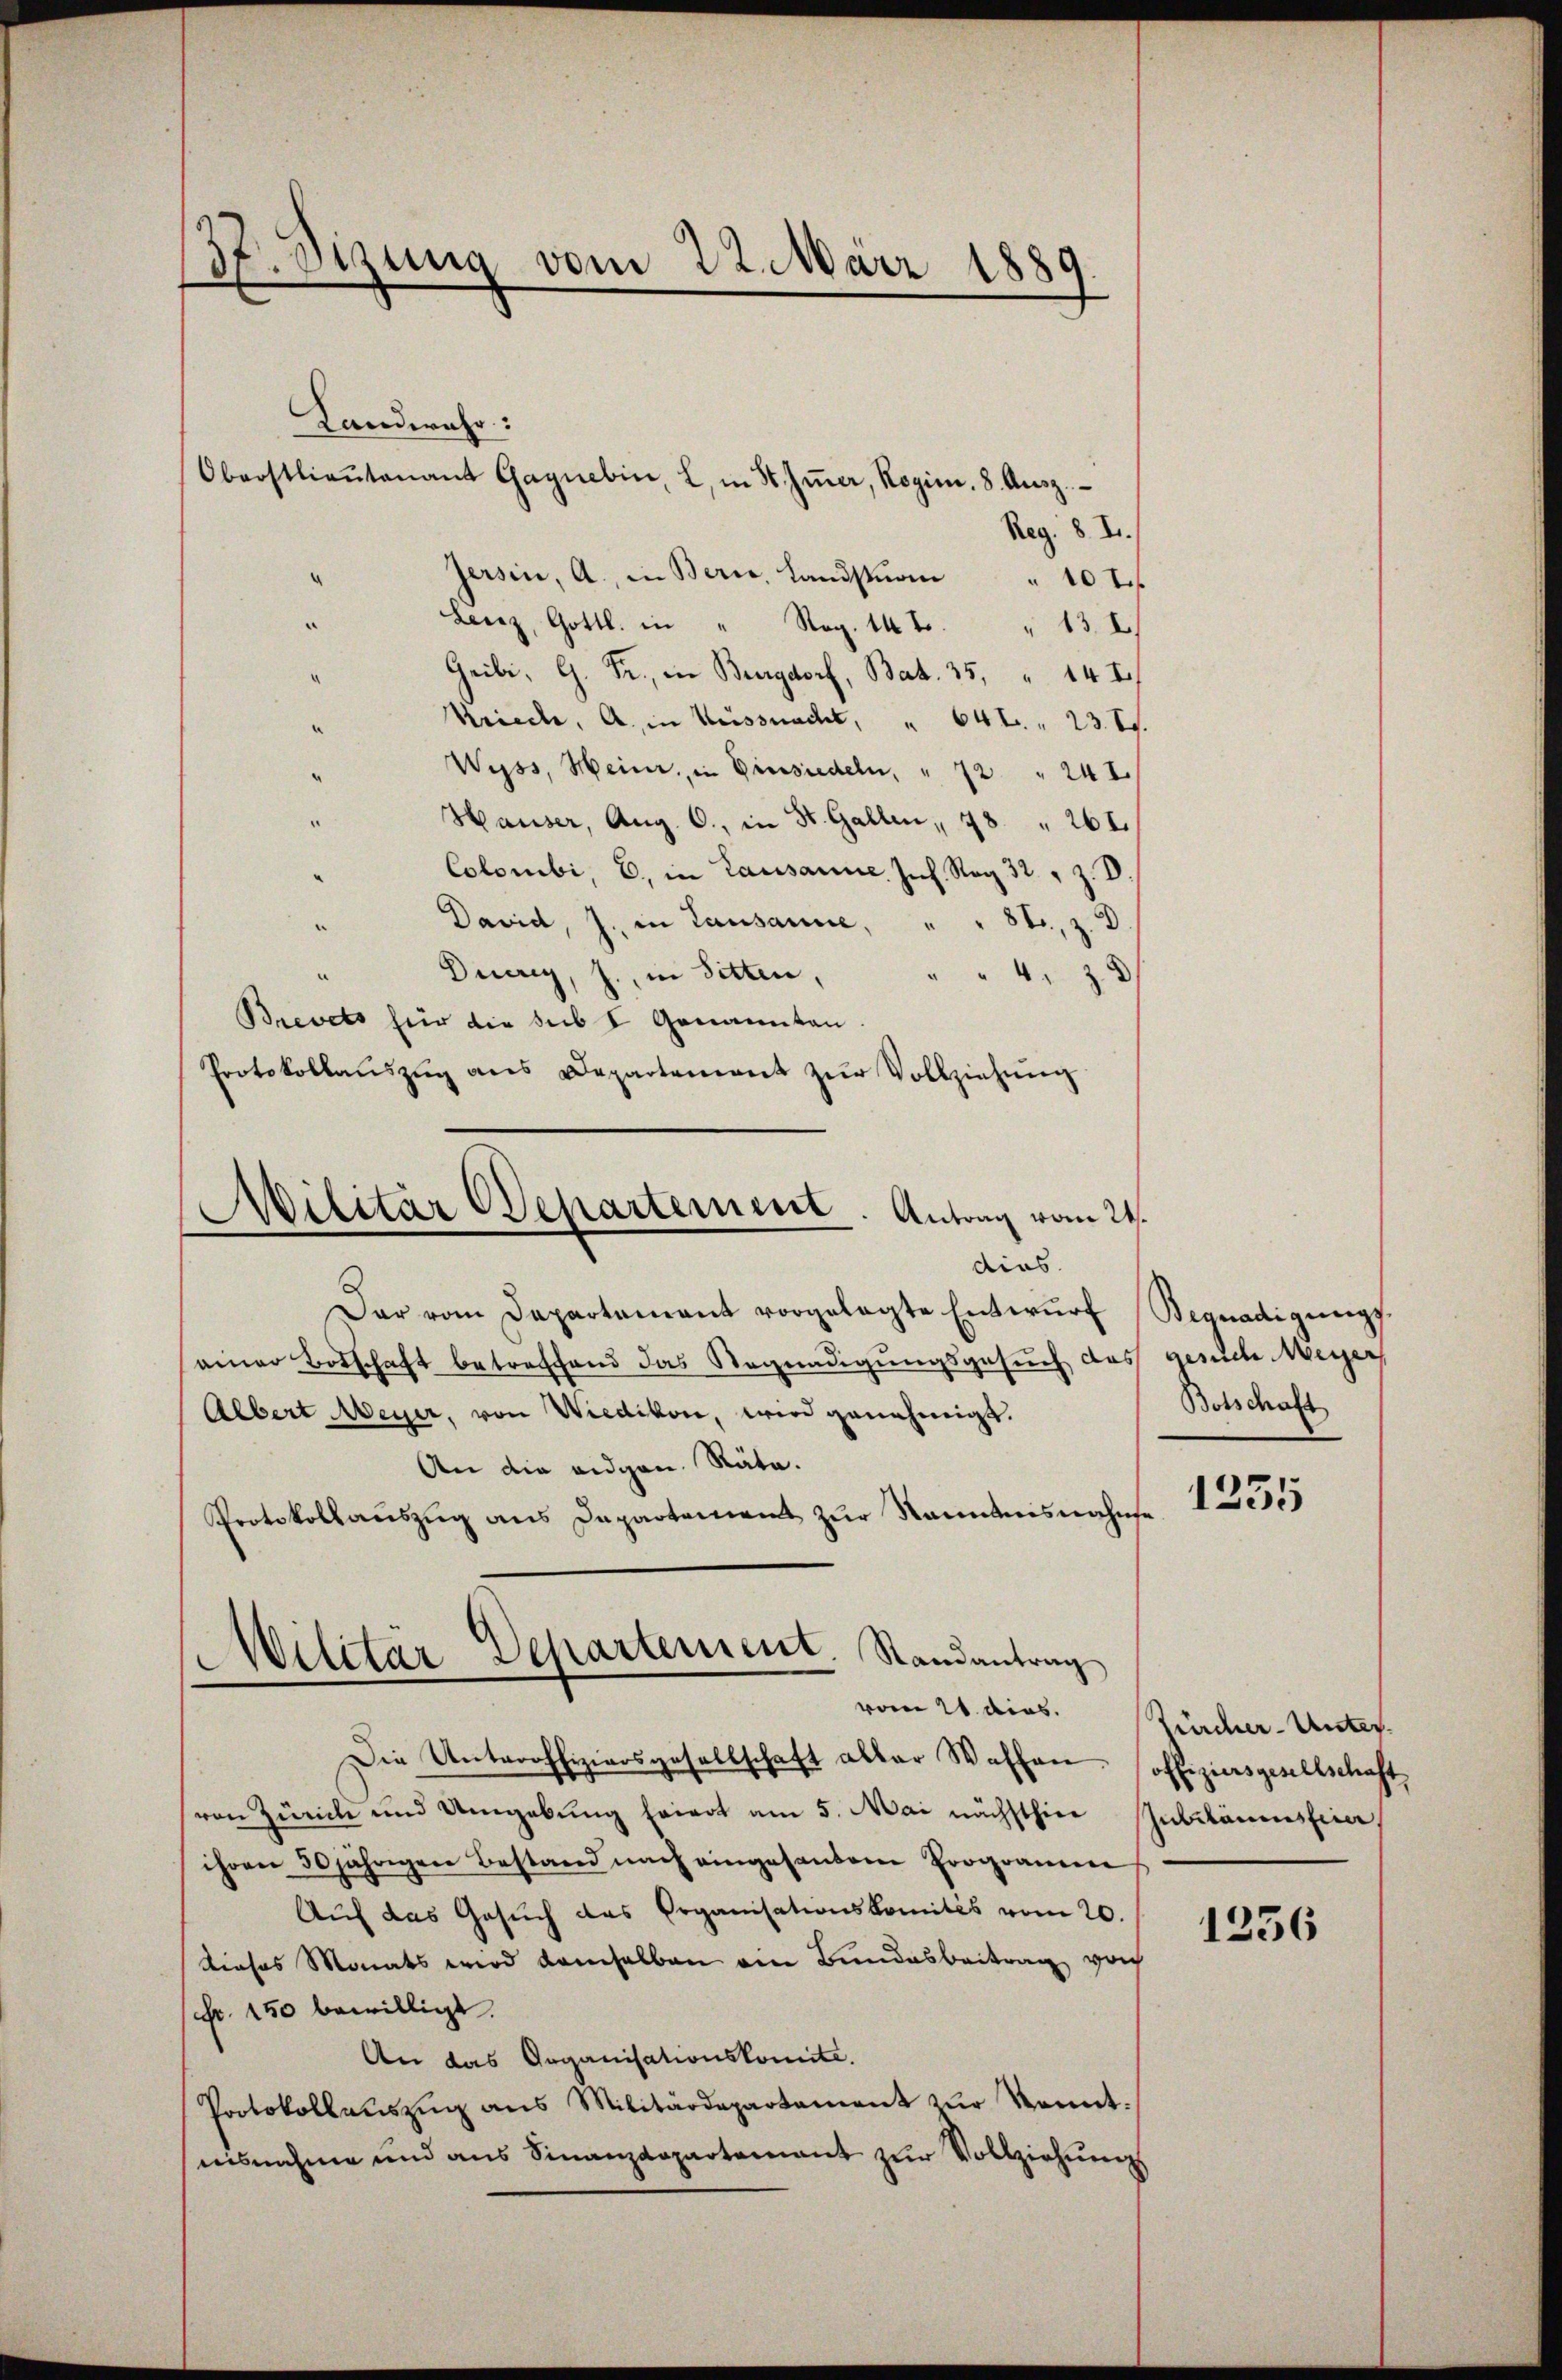
37. Sizung vom 22. März 1889.

Landwahr:
Oberstlieutenant Gagnebin, L. in St. Jŭer, Regim. 8. Ausg.
Reg. 8. I.
Jersin, A., in Bern, Landstrom " 107 f
Lerz, Gottl. in " Reg. 14 t. " 13. I
Gribi, G. Fr., in Burgdorf, Bat. 35, " 14 I
Krieche, A. in Küssnacht, " 642. " 23. 17.
Wyss, Heinr. in Einsiedeln, " 72 " 241.
Hauser, Aug. 0., in St. Gallen, 28 " 261.
Colombi, E. in Lausanne Joh. Rog 32. " Z. V.
David, J. in Lausanne, " " 82, z. D
Diurey, J., in Sitten,
" " 48
Brevets für die sub I Genannten.
Protokollaŭszŭg ans Departement zŭr Vollziehung
Militär Departement. Antrag vom 24.

dias.

Dar vom Departement vorgelegte Entwurf
seiner Botschaft betreffend das Regnadigungsgesuch das gesuche Meyer,
An die eidgen. Räta.
Die Unteroffiziersgesellschaft abler Waffen
von Zürich und Umgebung feiert am 5. Mai nächsthier
ihren 50 jährigen Bestand nach eingesandere Programen
Auf das Gesuch das Organisationskomités vom 20.
dieses Monats wird demselben ein Bundesbeitrag von
(Fr. 150 bewilligt.
An das Goganisationskomite.
Protokollaŭszŭg ans Militärdepartement zŭr konnt.
nisnahme und aus Finanzdepartenant zur Vollziehungs

Albert Meyer, von Wiedikon, wird genehmigt.

Protokollauszug aus Dapartement zur Nanntnisnahme
Militär-Departement. Randantrag
vom 21. dies.

Begnadigungs-
Botschaft

1235

Zürcher-Unter.
offiziersgesellschaft
Jubiläumsfeier,

1256